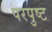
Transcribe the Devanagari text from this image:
परपुष्ट